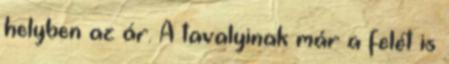
helyben az ár. A tavalyinak már a felét is